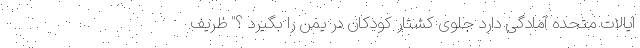
ایالات متحده آمادگی دارد جلوی کشتار کودکان در یمن را بگیرد ؟" ظریف